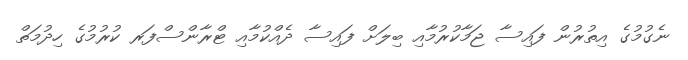
ނެގުމުގެ އިތުރުން ފައިސާ ޖަމާކުރުމާއި ބިލަށް ފައިސާ ދެއްކުމާއި ޓްރާންސްފަރ ކުރުމުގެ ހިދުމަތް